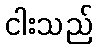
ငါးသည်